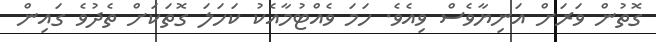
ގޮތުން ވަރަށް އަނިޔާވެސް ވިއެވެ. ހަމަ ވެއްޓުމާއެކު ކަހަލަ ގޮތަކަށް ތެދުވެ ގައިން